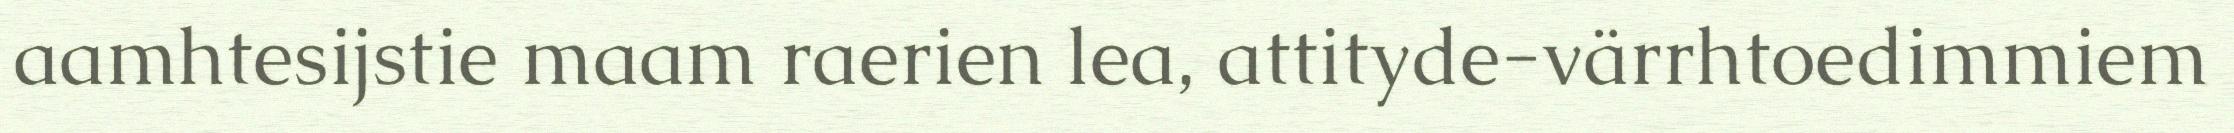
aamhtesijstie maam raerien lea, attityde-värrhtoedimmiem